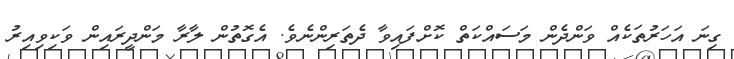
ގިނަ އަހަރުތަކެއް ވަންދެން މަސައްކަތް ކޮށްފައިވާ ދެތަރިންނެވެ. އެގޮތުން ލާރާ މަންދީރައިން ވަކިވިއިރު